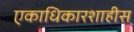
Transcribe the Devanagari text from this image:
एकाधिकारशाहीस